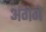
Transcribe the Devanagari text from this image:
अगेगे